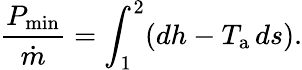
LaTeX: {\frac{P_{\mathrm{min}}}{\dot{m}}}=\int_{1}^{2}(dh-T_{\mathrm{a}}\, ds).